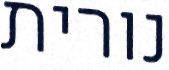
נורית